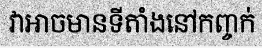
វាអាចមានទីតាំងនៅកញ្ចក់